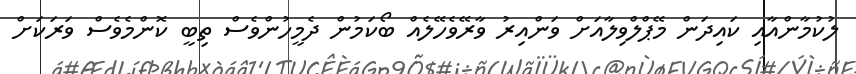
ލުކުމާންއާއި ކައިދަން މޭޕްލްވިލާއަށް ވަންއިރު ވާރޭވެހޭލެއް ބޯކަމުން ދެމީހުންވެސް ތިބީ ކޮންމެވެސް ވަރަކަށް